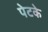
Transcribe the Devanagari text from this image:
पेटके